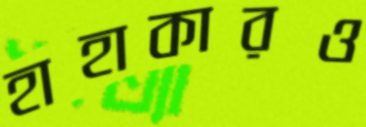
হাহাকারও